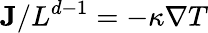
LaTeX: \mathbf{J}/L^{d-1}=-\kappa\nabla T